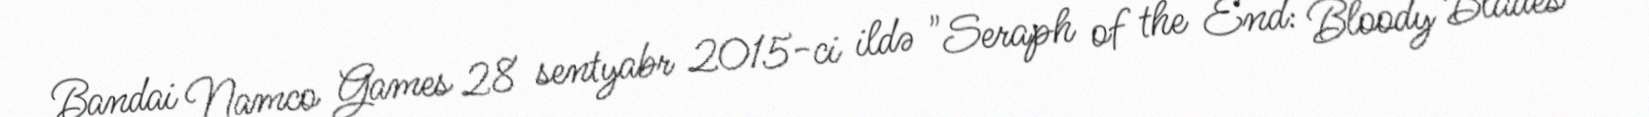
Bandai Namco Games 28 sentyabr 2015-ci ildə "Seraph of the End: Bloody Blades"